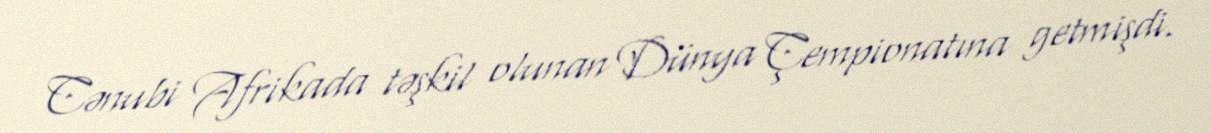
Cənubi Afrikada təşkil olunan Dünya Çempionatına getmişdi.